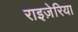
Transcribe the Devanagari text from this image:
राइज़ेरिया